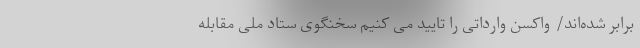
برابر شده‌اند/ واکسن وارداتی را تایید می کنیم سخنگوی ستاد ملی مقابله